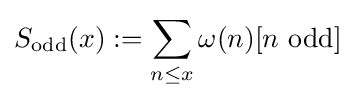
S_{\operatorname {odd} }(x):=\sum _{n\leq x}\omega (n)[n{\text{ odd}}]